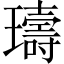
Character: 璹